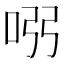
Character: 𠱳